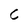
Character: C